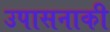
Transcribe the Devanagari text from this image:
उपासनाकी